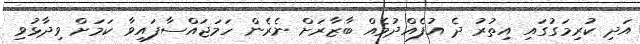
އަދި ކުރިމަގުގައި އިތުރު ދެ އުފެއްދުމެއް ބާޒާރަށް ނެރެން ހަމަޖައްސާފައިވާ ކަމަށް ވިދާޅުވި